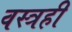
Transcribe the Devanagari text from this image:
वस्त्रही